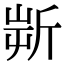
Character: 𣂟